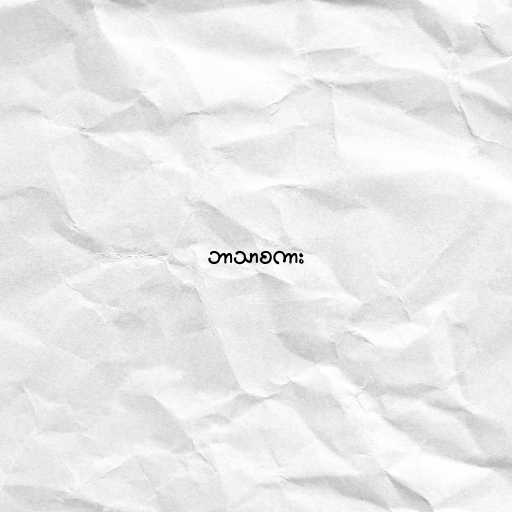
ဘာသာစကား